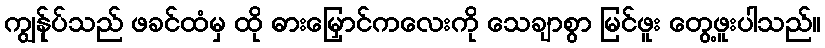
ကျွန်ုပ်သည် ဖခင်ထံမှ ထို ဓားမြှောင်ကလေးကို သေချာစွာ မြင်ဖူး တွေ့ဖူးပါသည်။